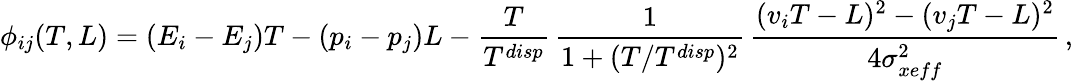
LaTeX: \phi_{ij}(T,L)=(E_{i}-E_{j})T-(p_{i}-p_{j})L-\frac{T}{T^{disp}}\, \frac{1}{1+(T/T^{disp})^{2}}\, \frac{(v_{i}T-L)^{2}-(v_{j}T-L)^{2}}{4\sigma_{xeff}^{2}}\, ,